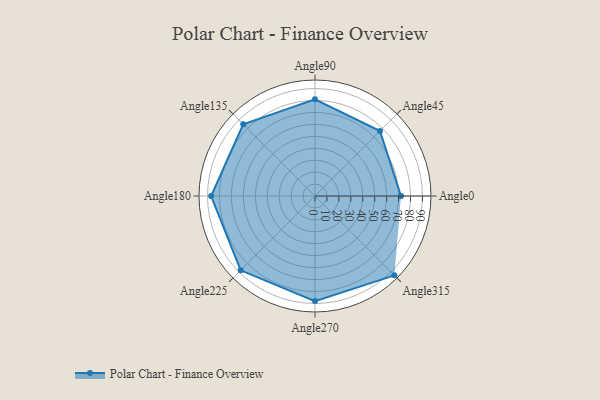
{"axis": {"x": "Angle", "y": "Radius"}, "legend": [""], "data": [{"x": "Angle0", "y": 72.0, "type": ""}, {"x": "Angle45", "y": 77.0, "type": ""}, {"x": "Angle90", "y": 81.0, "type": ""}, {"x": "Angle135", "y": 85.0, "type": ""}, {"x": "Angle180", "y": 87.0, "type": ""}, {"x": "Angle225", "y": 88.0, "type": ""}, {"x": "Angle270", "y": 88.0, "type": ""}, {"x": "Angle315", "y": 94.0, "type": ""}]}